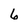
Character: 6